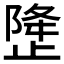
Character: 𰙳